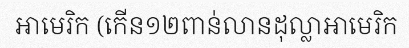
អាមេរិក (កើន១២ពាន់លានដុល្លាអាមេរិក